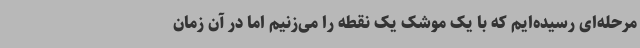
مرحله‌ای رسیده‌ایم که با یک موشک یک نقطه را می‌زنیم اما در آن زمان